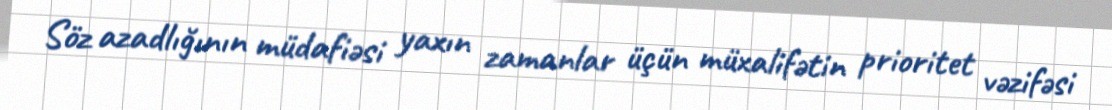
Söz azadlığının müdafiəsi yaxın zamanlar üçün müxalifətin prioritet vəzifəsi